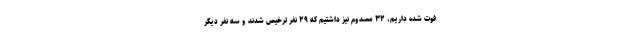
فوت شده داریم، ۳۲ مصدوم نیز داشتیم که ۲۹ نفر ترخیص شدند و سه نفر دیگر